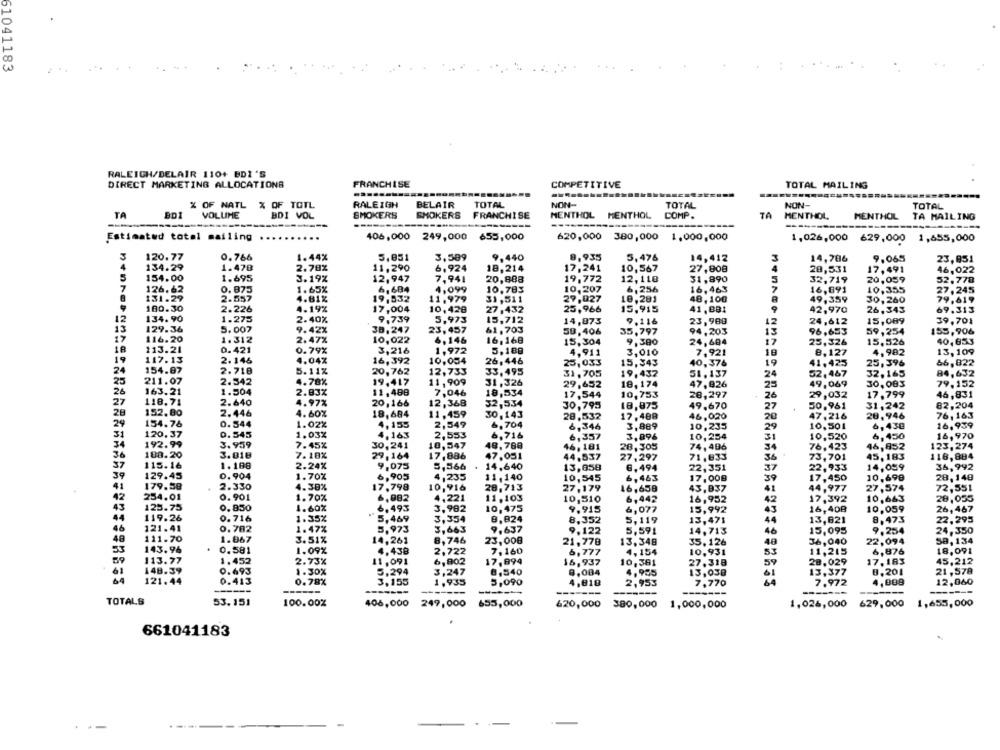
61041183
RALEIGH/DELAIR 110+ BDI 'S
DIRECT MARKETING ALLOCATIONS
FRANCHISE
COMPETITIVE
TOTAL MAILING
------
RALEIGH
TOTAL
NON-
% OF NATL % OF TOTL
BELAIR
TOTAL
NON-
TOTAL
TA
BD1
VOLUME
BDI VOL
SMOKERS
SHOKERS
FRANCHISE
MENTHOL MENTHOL
COMP.
TA
MENTHOL
MENTHOL
TA MAILING
-------
Estimated total mailing
406,000 249,000 655,000
620,000 380,000 1,000,000
1,026,000 629,000 1,655,000
3
120.77
0.766
1.44%
5,051
3,509
9,440
9,935
5,476
14,412
3
14,786
9,065
23,851
4
134.29
1.470
2.78%
11,290
6,924
18,214
17,241
10,567
27,808
20,531
17,491
46,022
5
154.00
1.695
3.19%
12,947
7,941
20,888
19.772
12,110
31,890
20,059
5
32,719
52,778
7
126.62
0. 875
1.65%
6,684
4,099
10.783
10,207
6,256
16,463
7
16,891
10,355
27, 245
131.29
2.557
4.81%
19,532
11.979
31,511
29,027
10,281
48,100
A
49,359
30,260
79,619
180.30
2.226
4.19%
17,004
25,966
15,915
41. BB1
42,970
69.313
10,428
27.432
26,343
12
134.90
1.275
2.40%
9.739
5,973
15,712
14,873
9.116
23,980
12
24,612
15,089
39.701
13
129.36
5.007
9.42%
38,247
23,457
61,703
50,406
35,797
94.203
96,693
59,254
155,906
17
1.312
2.47%
13
116.20
10,022
6,146
16, 168
15,304
9,380
24,684
17
25,326
15,526
40,653
18
113.21
0.421
0.79%
3,216
1,972
5,180
4,911
3,010
7,921
18
8,127
4.982
13,109
19
117.13
2.146
4.04%
16,392
10,054
26,446
25,033
15,343
40,376
19
41.425
25,396
66,822
24
154.87
2.718
5.11%
20,762
12.733
33,495
31,705
19,437
51. 137
24
52.467
32.165
84,632
25
211.07
2.542
4.78%
19.417
11,909
31,326
29,652
18, 174
47,926
49,069
30,083
79.152
26
163.21
1.504
11,498
25
2.83%
7,046
18,534
17,544
10,753
28,297
26
29,032
17.799
46,831
27
118.71
2.640
4.97%
20,166
12,368
32,534
30,795
18,875
49.670
27
50,961
31.242
82,204
28
152.80
2.446
4.60%
18,684
11,459
30, 143
28,532
17,488
46,020
20
47,216
28,946
76, 163
29
154.76
0.544
1.02%
4,155
2,549
&, 704
6,346
3,889
10,235
29
10,501
6,430
16,999
31
120,37
0.545
1.03%
4,163
2,553
6,716
6,357
3.096
10,254
31
10,520
6,450
16,970
34
192.99
3.959
7.45%
30,241
18,547
48,768
16, 181
28.305
74,496
34
76.423
46,852
123,274
36
188.20
3.818
7.18%
29, 164
17,886
47,051
44.537
27,297
71.833
36
73,701
45,183
116,884
115.16
1.188
2.24%
9,075
5,566
14,640
22,351
36,992
37
13,858
6,494
37
22,933
14,059
39
129.45
0.904
1.70%
6,905
4,235
11,140
10,545
6,443
17,008
39
17,450
10,698
28,148
41
179.58
2.330
4.38%
17,798
10,916
28,713
27,179
16,658
43,837
41
44,977
27,574
72,551
42
254.01
0.901
1.70%
6,082
4,221
11,103
10,510
6,442
16,952
42
17,392
10,663
28,055
43
125.75
0.850
1.60%
6.493
3.982
10,475
9.915
6,077
15,992
43
16,408
10,059
26,467
44
119.26
0.716
1.35%
5,469
0,824
8,352
3,354
5,119
13,471
44
13,821
8,473
22,295
46
121.41
0.782
1.47%
5,973
3,663
9.637
9.122
5.59!
14,713
46
15,095
9,254
24,350
48
111.70
1.867
3.51%
14,261
8,746
23,000
21,778
13,348
35.126
36,040
58, 134
48
22,094
53
143.96
0.581
1.09%
4,438
2,722
7,160
6,777
4,154
10.931
53
11,215
6,876
18,091
113.77
1.452
2.73%
11.091
6,902
17,894
16,937
10,381
27.318
59
28.029
17, 183
45,212
61
148.39
0.693
1.30%
5,294
3,247
0,540
13,377
21,578
9,084
4,935
13,030
01
8,201
121.44
0.413
0.78%
3,155
1,935
5,090
4,818
2,953
7,770
7.972
4,009
12,060
--
------
---
-----
TOTALS
53.151
100.00%
406,000
249,000
655,000
620,000
380,000
1,000,000
1,026,000
629,000
1,655,000
661041183